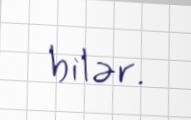
bilər.